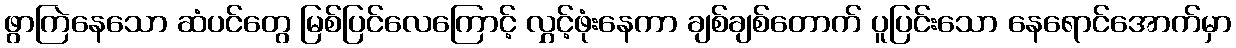
ဖွာကြဲနေသော ဆံပင်တွေ မြစ်ပြင်လေကြောင့် လွှင့်ဖုံးနေကာ ချစ်ချစ်တောက် ပူပြင်းသော နေရောင်အောက်မှာ